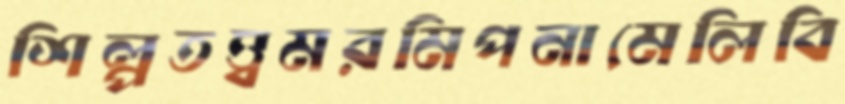
শিল্পতত্ত্বমরমিপনামেলিবি